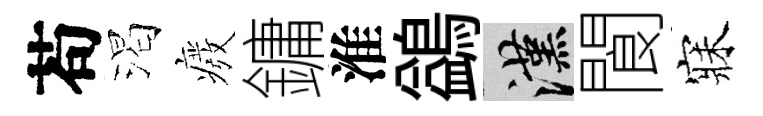
苟渴癈鏞淮鷁漢閬寐